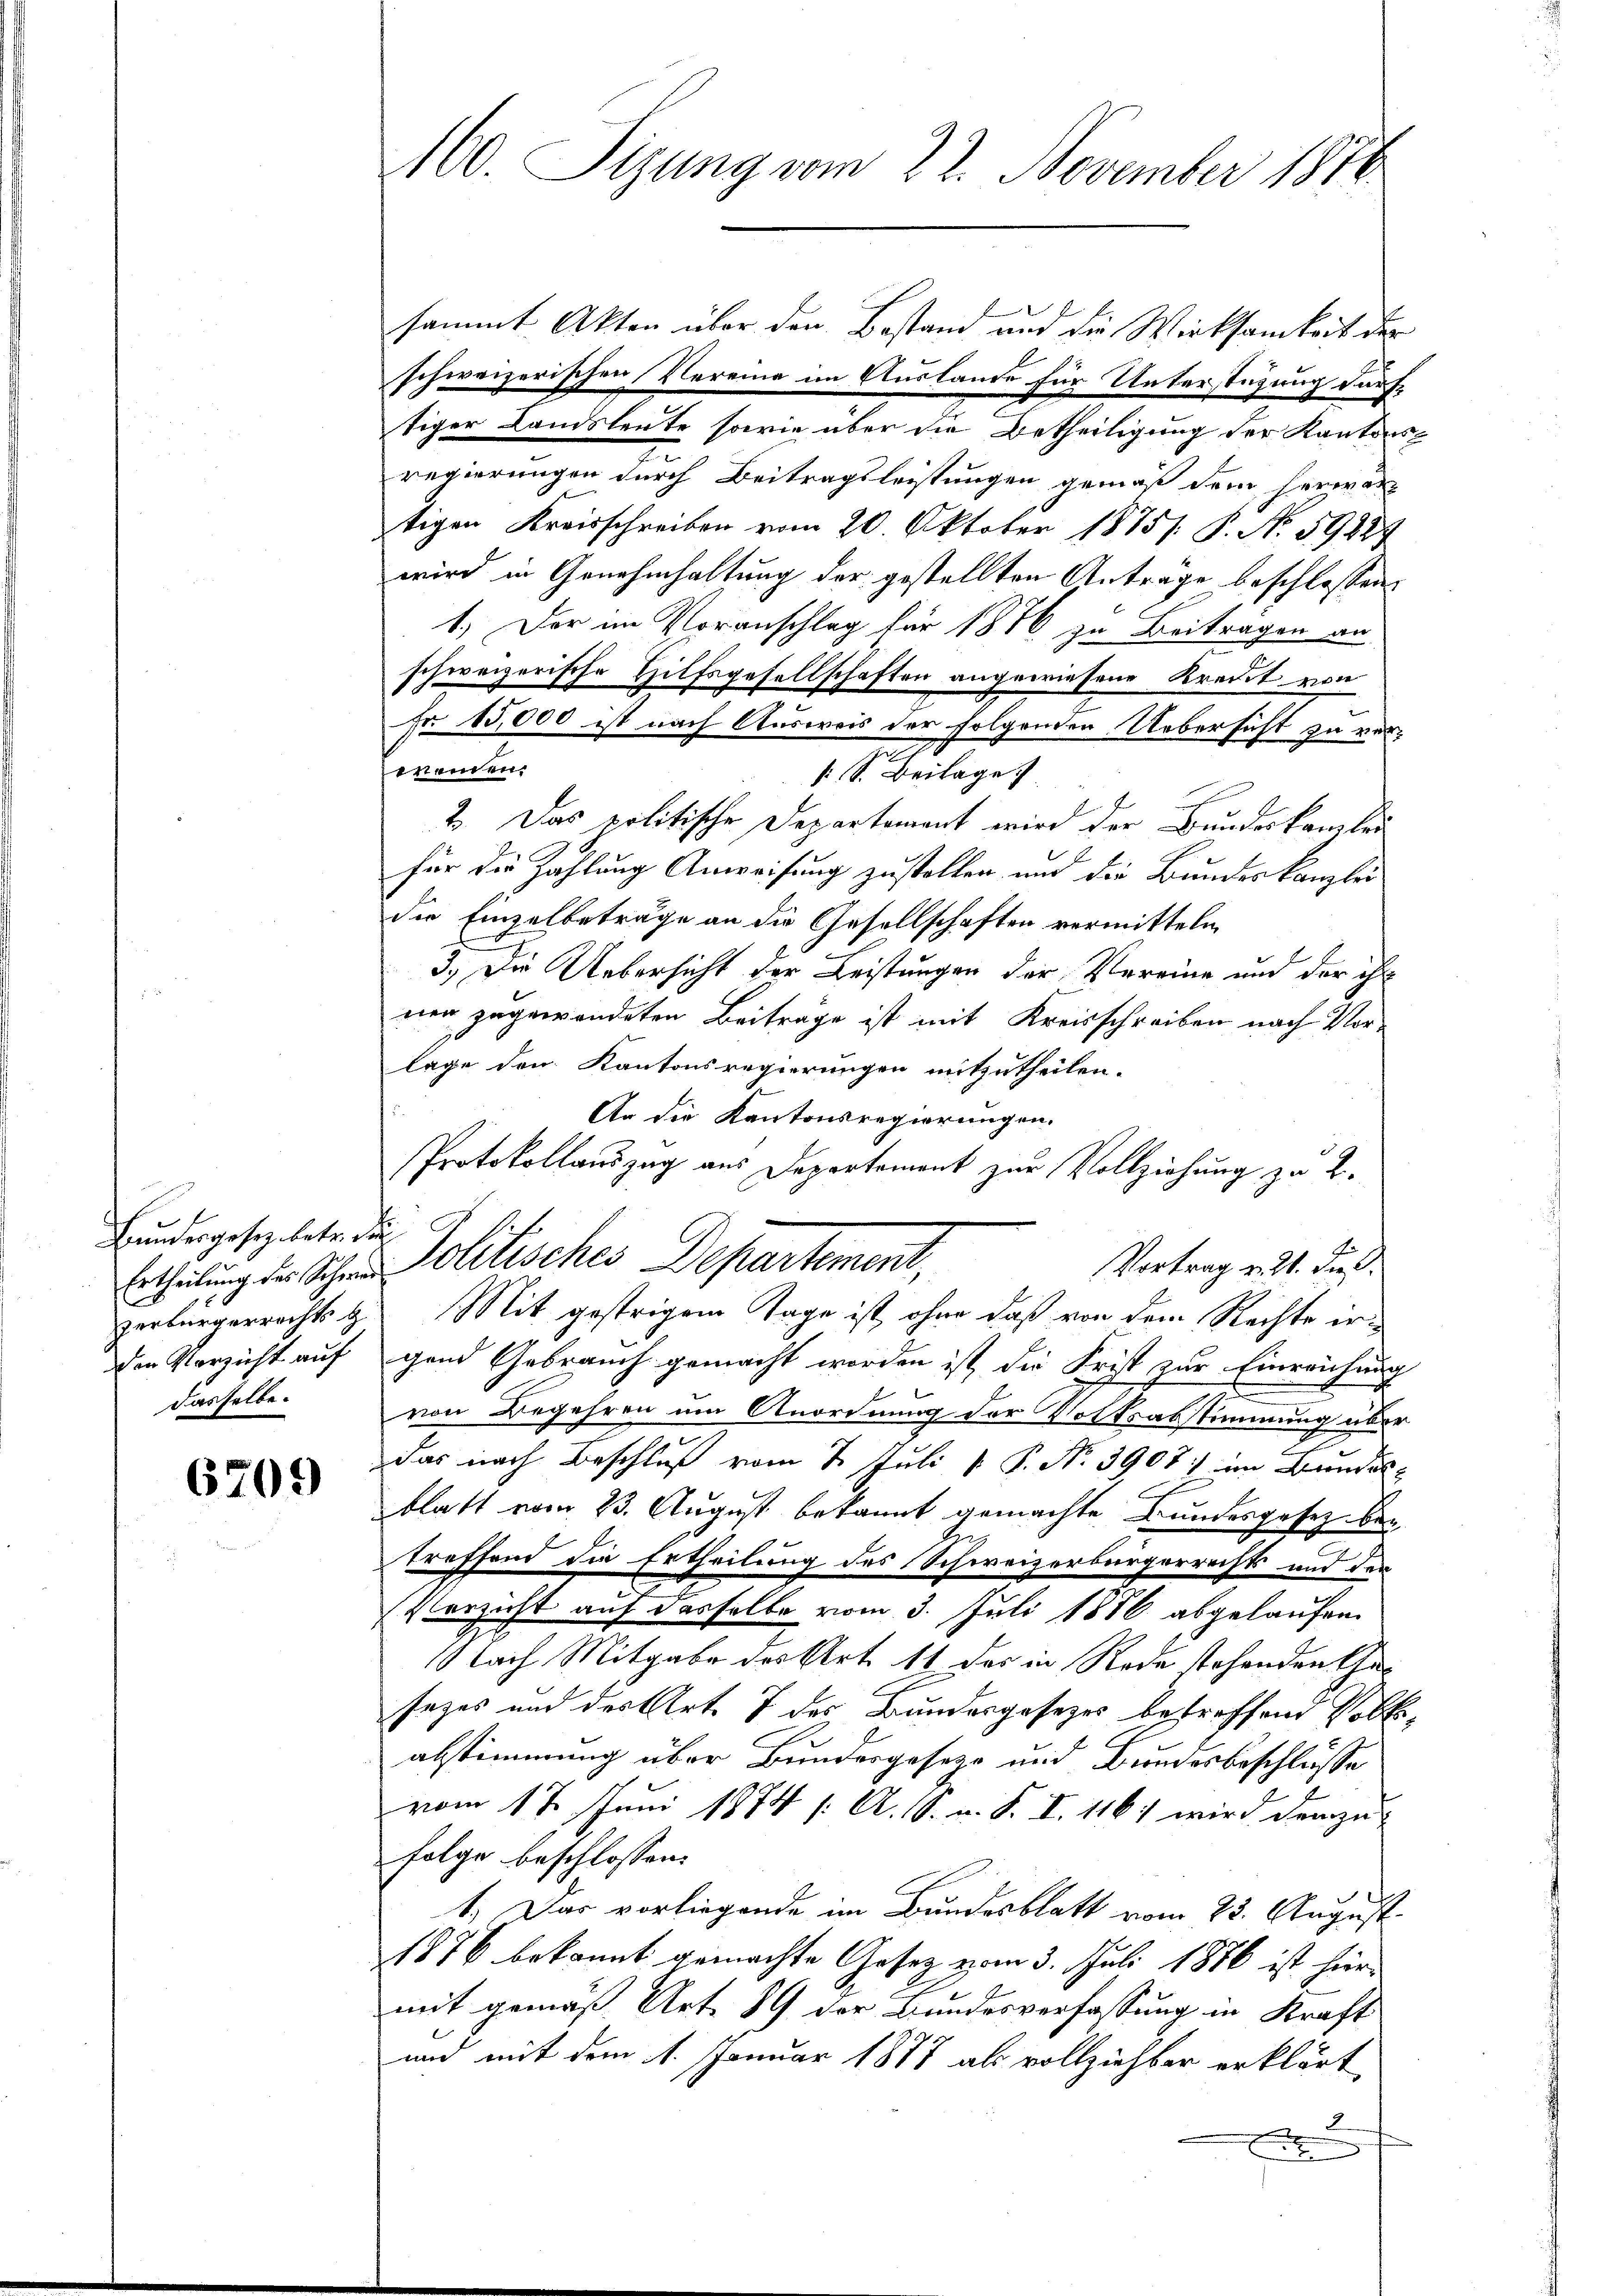
Bundesgesezebetr. die
den Verzicht auf
dasselbe.

6709

160. Sizung vom 22. November 1876

sammt Akten über den Bestand und die Wirksamkeit der
schweizerischen Vereine im Auslande für Unterstüzung dürftiger Landsleute sowie über die Betheiligung der Kantons
regierungen durch Beitragsleistungen gemäß dem herwartigen Kreisschreiben vom 20. Oktober 1875. P. No. 59884
wird in Genehmhaltung der gestellten Anträge beschlossen:
1.) Der im Voranschlag für 1876 zu Beitragen an
schweizerische Hilfsgesellschaften angewiesene Kreist von
Fr 85,000 ist nach Ausweis der folgenden Uebersicht zu verwenden.
1 S. Beilage
2. Das politische Departement wird der Bundeskanzler
E
E
für die Zahlung Anweisung zustellen und die Bundeskanzlei
die Einzelbeträge an die Gesellschaften vermitteln
3.) Der Uebersicht der Leistungen der Vereine und der ihr
nen zugewendeten Beiträge ist mit Kreisschreiben nach Vor-
lage den Kantonsregierungen mitzutheilen.
An die Kantonsregierungen.
Protokollauszug aus Departement zur Vollziehung zu 2.
Vortrag v. 21. dieß
Ertheilung der Schen Politisches Departement,
zerbürgerrechts & Mit gestrigen Tage ist, ohne daß von dem Rechte ingend Gebrauch gemacht worden ist die Frist zur Einreichung
von Begehren um Anordnung der Volksabstimmung über
das nach Beschluß vom 2. Juli [ P. Nr. 3908: im Bundesblatt vom 23. August bekannt gemachte Bundesgesetz beitreffend die Ertheilung des Schweizerbürgerrechts und der
Verzicht auf dasselbe vom 3. Juli 1886 abgelaufen
NNach Mitgabe des Art. 11 der in Rede stehenden Char
sezes und des Art. 7 des Bundesgesezes betreffend Vollabstimmung über Bundesgeseze und Bundesbeschlüsse
vom 17. Juni 1874 /: A. G. u. S. I. 116) wird demzu-
folge beschlossen:
1.) Das vorliegende im Bundesblatt vom 23. August
1876 bekannt gemachte Gesetz vom 3. Juli 1876 ist hiermit gemäß Art. 89 der Bundesverfassung in Kraft
und mit dem 1. Januar 1877 als vollziehbar erklärt
.
E